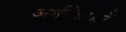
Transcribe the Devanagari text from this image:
अर्थवेत्ताओं